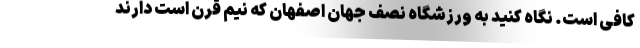
کافی است. نگاه کنید به ورزشگاه نصف جهان اصفهان که نیم قرن است دارند